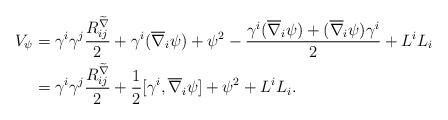
LaTeX: \begin{align*}V_{\psi}&=\gamma^i\gamma^j\frac{R_{ij}^{\widetilde{\nabla}}}{2}+\gamma^i(\overline{\nabla}_i\psi)+\psi^2-\frac{\gamma^i(\overline{\nabla}_i\psi)+(\overline{\nabla}_i\psi)\gamma^i}{2}+L^iL_i\\&=\gamma^i\gamma^j\frac{R_{ij}^{\widetilde{\nabla}}}{2}+\frac{1}{2}[\gamma^i,\overline{\nabla}_i\psi]+\psi^2+L^iL_i.\end{align*}